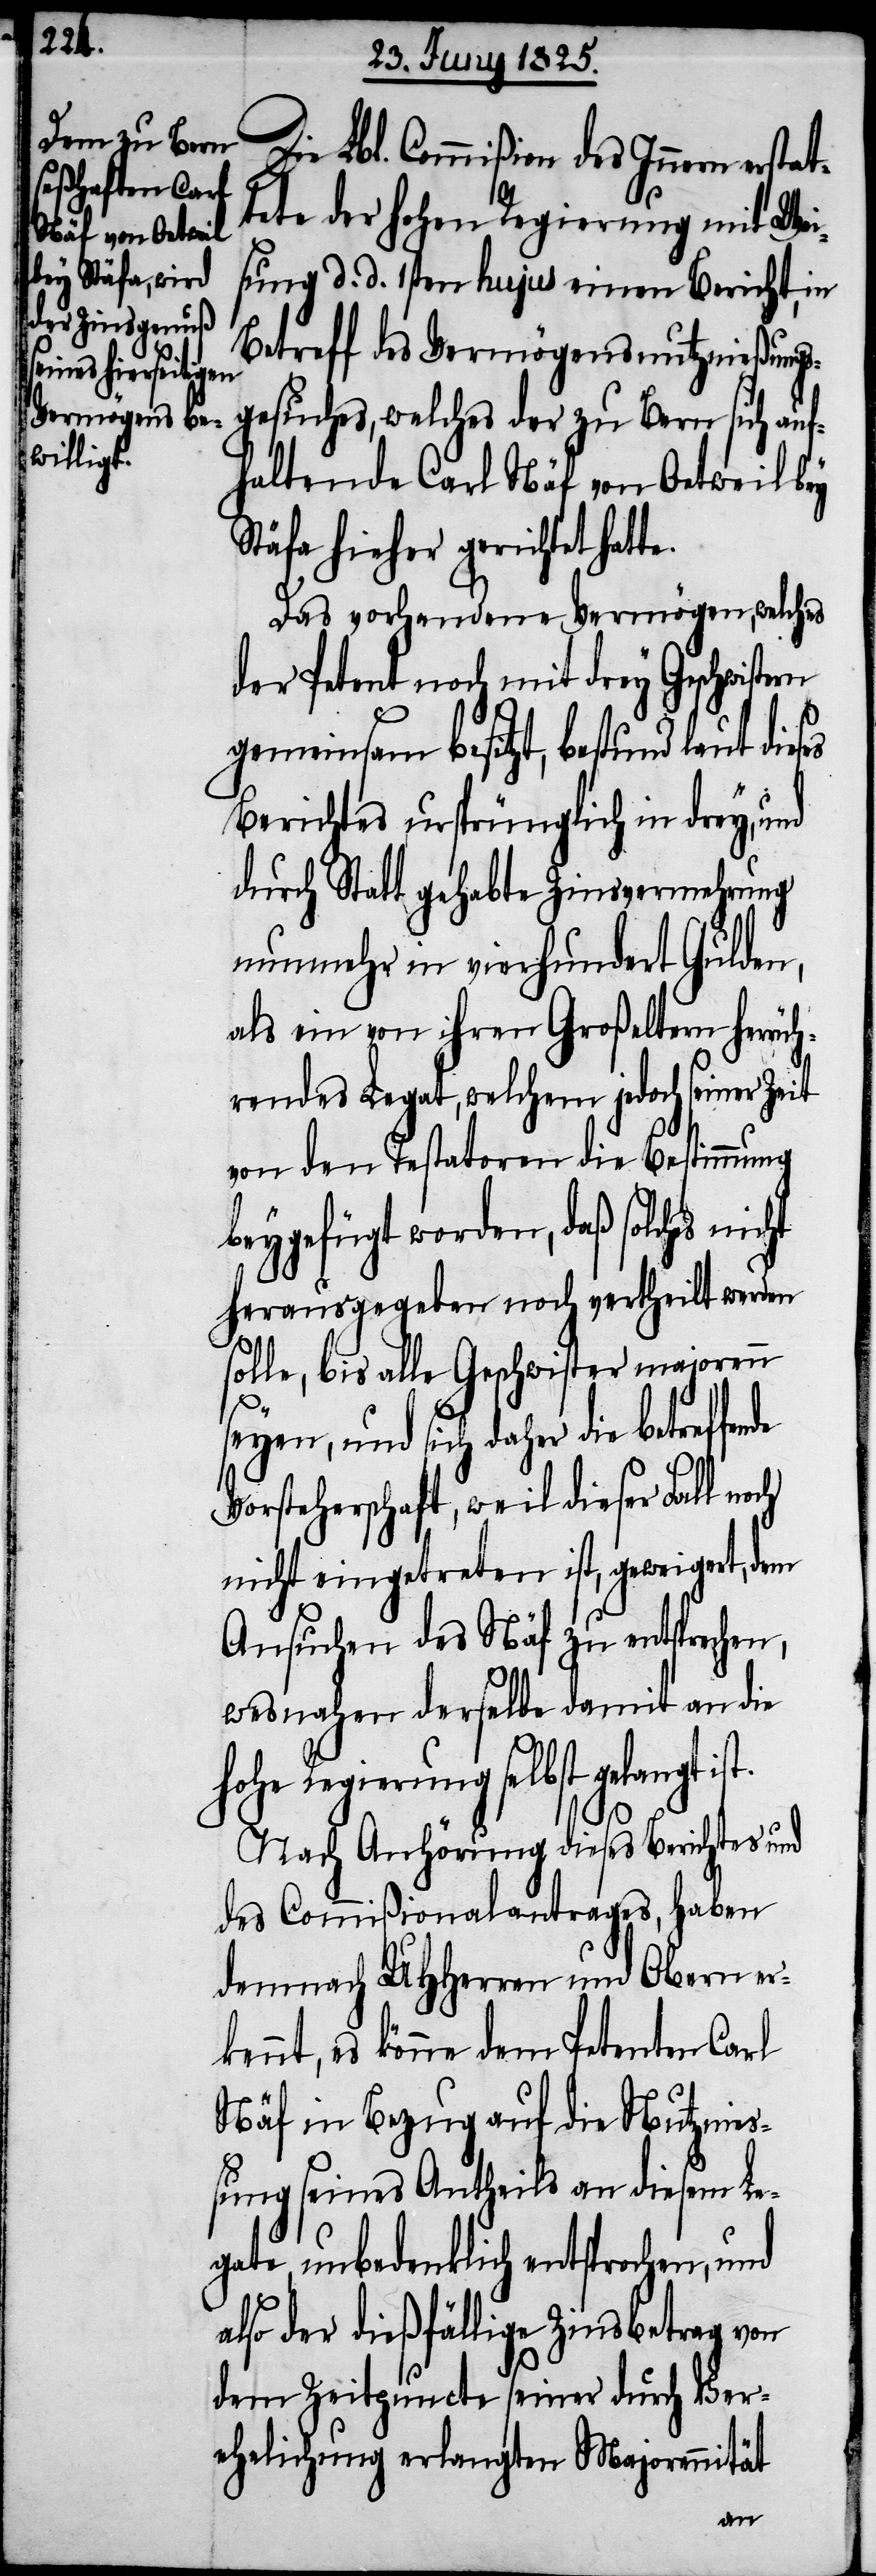
te.

Die Lbl. Commißion des Innern ersta¬
ttete der hohen Regierung mit Wei¬
sung d. d. 1sten hujus einen Bericht, in
Betreff des Vermögensnutznießungs¬
gesuches, welches der zu Bern sich auf¬
haltende Carl Näf von Oetweil bey
Stäfa hieher gerichtet hat¬
Das vorhandene Vermögen, welches
der Petent noch mit drey Geschwiste¬
gemeinsam besitzt, bestund laut
Berichtes ursprünglich in drey, und
durch Statt gehabte Zinsvermehrung
nunmehr in vierhundert Gulden,
als ein von ihren Großeltern herrü¬
hrendes Legat, welchem jedoch seiner Zeit
von den Testatoren die Bestimmung
beygefügt worden, daß solches
herausgegeben noch vertheilt werden
solle, bis alle Geschwister majorenn
seyen, und sich daher die
Vorsteherschaft, weil dieser Fall
nicht eingetreten ist, geweigert, dem
Ansuchen des Näf zu entsprechen,
wesnahen derselbe damit an die
hohe Regierung selbst gelangt ist.
Nach Anhörung dieses Berichtes und
des Commißionalantrages, haben
demnach UHHerren und Obern er¬
kennt, es könne dem Petenten Carl
Näf in Bezug auf die Nutznie¬
ßung seines Antheils an diesem Le¬
gate, unbedenklich entsprochen, und
also der dießfällige Zinsbetrag von
dem Zeitpuncte seiner durch Ver¬
ehelichung erlangten Majorennität
rn